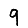
Digit: 9